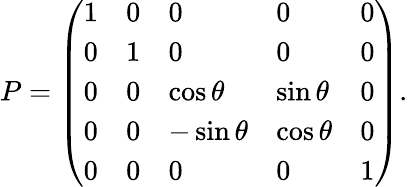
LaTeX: P=\left(\begin{array}{lllll}{1}&{0}&{0}&{0}&{0}\\ {0}&{1}&{0}&{0}&{0}\\ {0}&{0}&{\cos{\theta}}&{\sin{\theta}}&{0}\\ {0}&{0}&{-\sin{\theta}}&{\cos{\theta}}&{0}\\ {0}&{0}&{0}&{0}&{1}\end{array}\right).